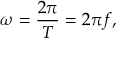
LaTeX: \omega = { \frac { 2 \pi } { T } } = { 2 \pi f } ,